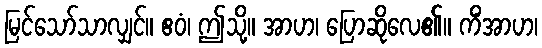
မြင်သော်သာလျှင်။ ဧဝံ၊ ဤသို့။ အာဟ၊ ပြောဆိုလေ၏။ ကိံအာဟ၊